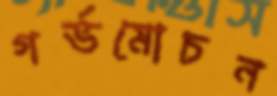
গর্ভমোচন